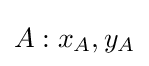
A:x_{A},y_{A}